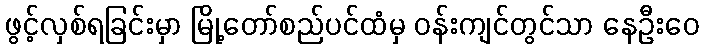
ဖွင့်လှစ်ရခြင်းမှာ မြို့တော်စည်ပင်ထံမှ ဝန်းကျင်တွင်သာ နေဦးဝေ